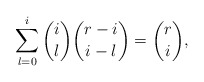
\begin{align*}\sum^i_{l=0}{i\choose l}{r-i \choose i-l}={r\choose i},\end{align*}